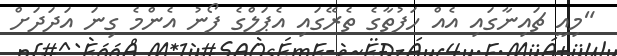
"މިއީ ޗައިނާގައި އެއް ހަފުތާގެ ތެރޭގައި އެޕަލްގެ ފޯނު އެންމެ ގިނަ އަދަދަށް